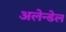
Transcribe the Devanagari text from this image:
अलेन्डेल